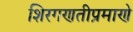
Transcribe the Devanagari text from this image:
शिरगणतीप्रमाणे